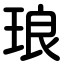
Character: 琅